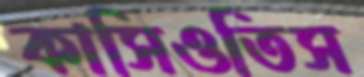
কাসিওতিস